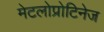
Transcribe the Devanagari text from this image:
मेटलोप्रोटिनेज